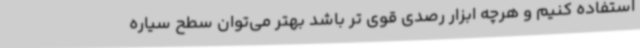
استفاده کنیم و هرچه ابزار رصدی قوی تر باشد بهتر می‌توان سطح سیاره